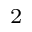
^ 2